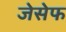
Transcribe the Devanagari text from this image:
जेसेफ